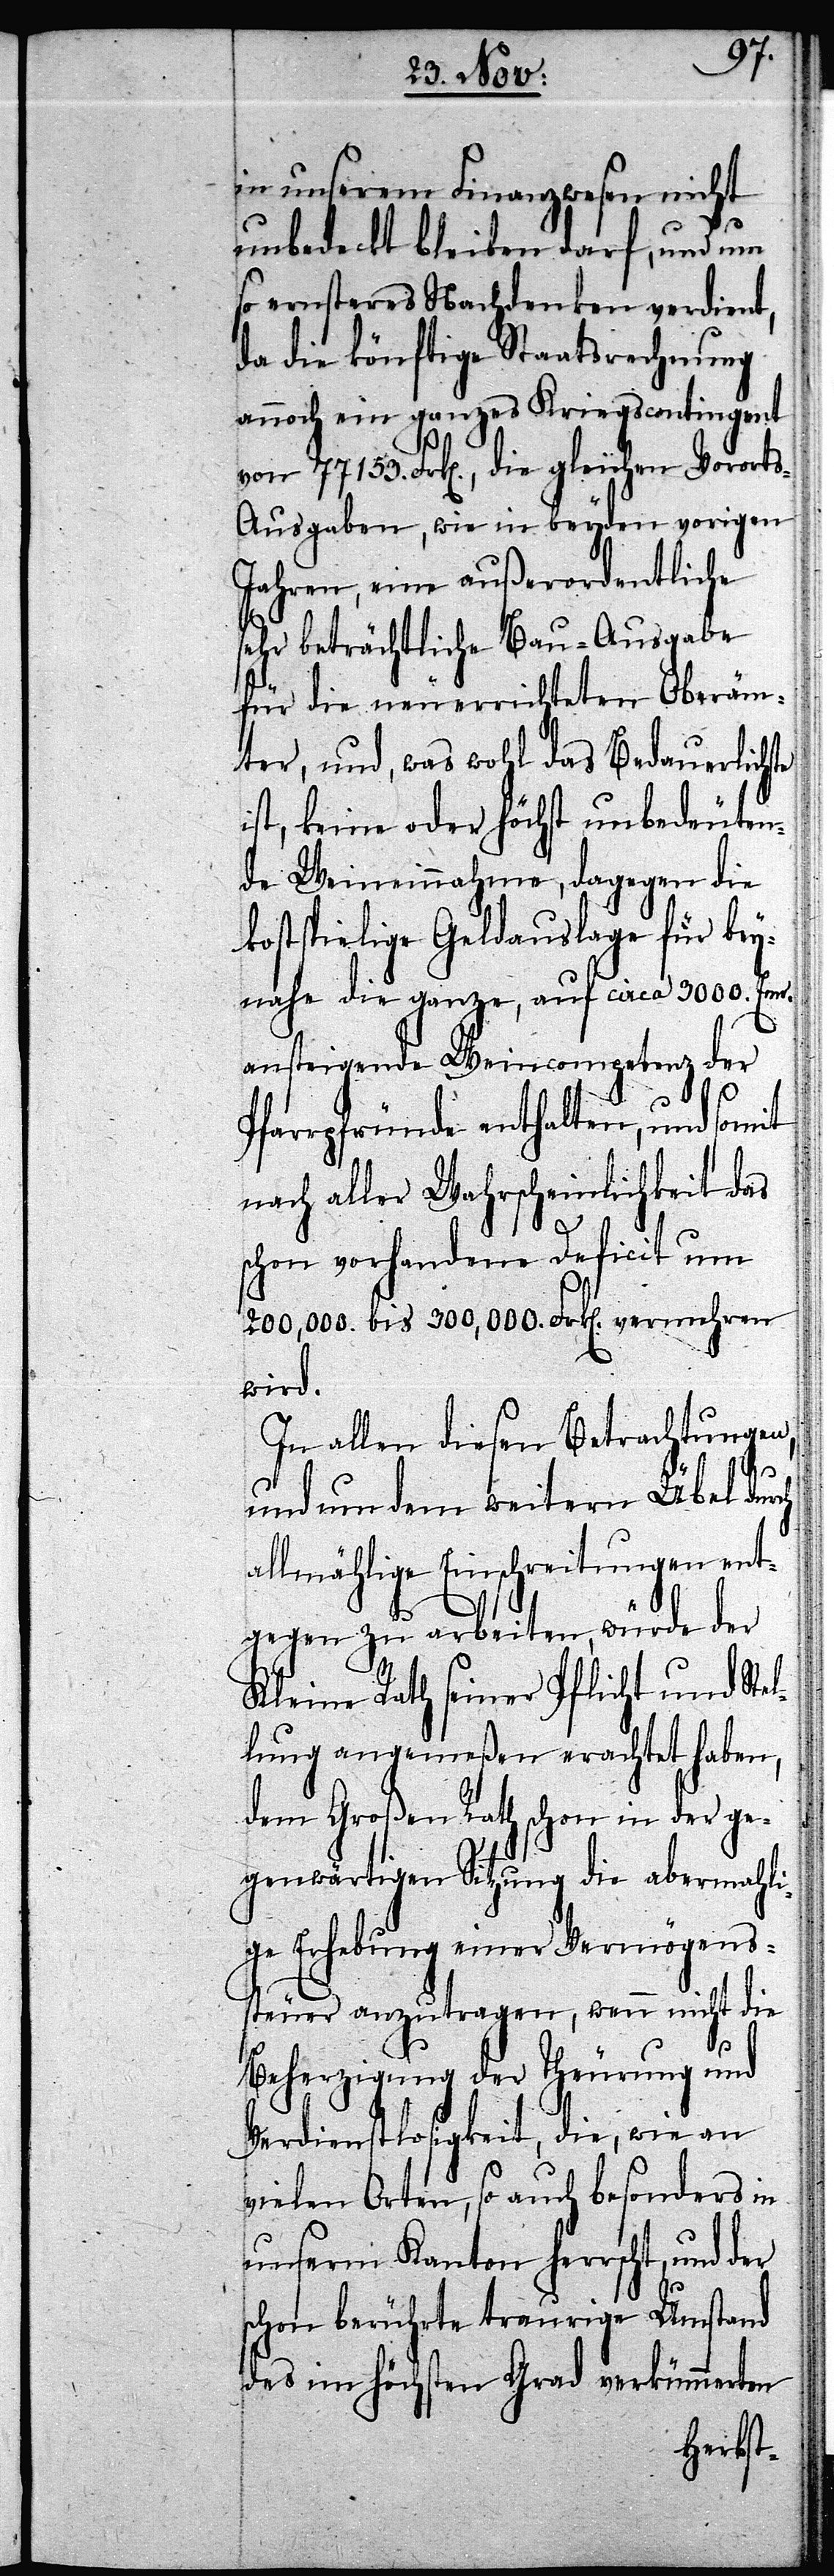
in unserm Finanzwesen nicht
unbedeckt bleiben darf, und um
so ernsteres Nachdenken verdient,
da die künftige Staatsrechnung
annoch ein ganzes Kriegscontingent
von 7753. Frk[en]., die gleichen Vorort¬
s-Ausgaben, wie in beyden vorigen
Jahren, eine außerordentliche
sehr beträchtliche Bau-Ausgabe
für die neu errichteten Oberäm¬
ter, und, was wohl das Bedauerlichste
ist, keine oder höchst unbedeuten¬
de Weineinnahme, dagegen die
kostspielige Geldauslage für bey¬
nahe die ganze, auf circa 3000. Emr.
ansteigende Weincompetenz der
Pfarrpfründe enthalten, und somit
nach aller Wahrscheinlichkeit das
schon vorhandene Deficit um
200,000. bis 300,000. Frk[en]. vermehren
wird.
In allen diesen Betrachtungen,
und um dem weitern Übel dur¬
lmählige Einschreitungen ent¬
gegen zu arbeiten, würde der
Kleine Rath seiner Pflicht und Ste¬
llung angemeßen erachtet haben,
dem Großen Rath schon in der ge¬
genwärtigen Sitzung die abermahli¬
ge Erhebung einer Vermögens¬
steuer anzutragen, wenn nicht die
Beherzigung der Theurung und
Verdienstlosigkeit, die, wie an
vielen Orten, so auch besonders in
unserm Kanton herrscht, und
schon berührte traurige Umstand
des im höchsten Grad verkümmerten
ch al¬